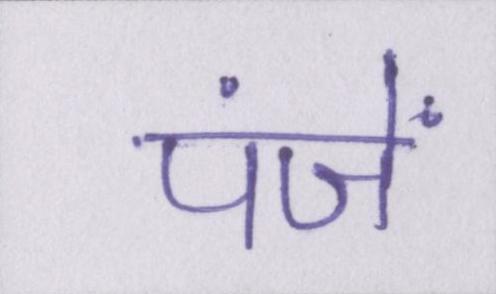
पंजें